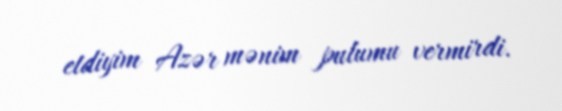
etdiyim Azər mənim pulumu vermirdi.